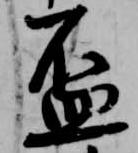
盃